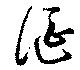
涎